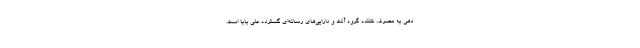
دهی به مصرف کننده گروه آنت و دارایی‌های رسانه‌ای گسترده علی بابا است.